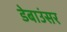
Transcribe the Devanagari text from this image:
डेबाउंसर